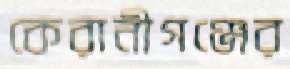
কেরানীগঞ্জের